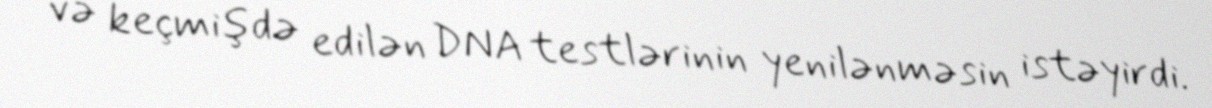
və keçmişdə edilən DNA testlərinin yenilənməsin istəyirdi.